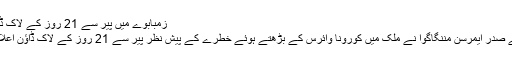
زمبابوے میں پیر سے 21 روز کے لاک ڈاؤن کا اعلان
زمبابوے کے صدر ایمرسن مننگاگوا نے ملک میں کورونا وائرس کے بڑھتے ہوئے خطرے کے پیش نظر پیر سے 21 روز کے لاک ڈاؤن اعلان کردیا ہے۔